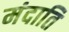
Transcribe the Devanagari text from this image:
मंदाति